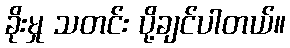
ခိုးမှု သတင်း ပို့ချင်ပါတယ်။